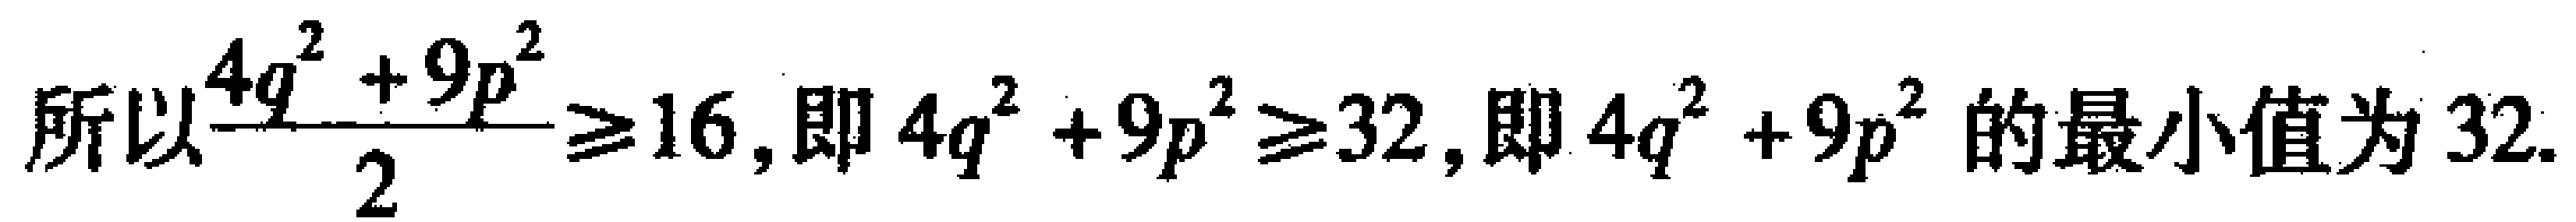
所以$\frac{4q^{2} + 9p^{2}}{2} \geq 16$, 即$4q^{2} + 9p^{2} \geq 32$, 即$4q^{2} + 9p^{2}$的最小值为$32$.